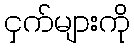
ငှက်များကို